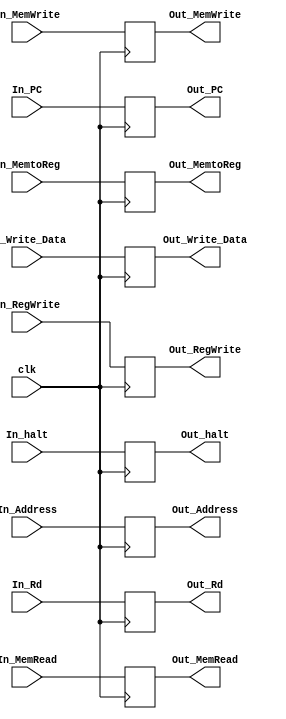
module EX_MEM_Register (
// input signals
	
	clk,In_Address,In_Write_Data, In_Rd,
	 
	// output signals
	Out_Address,Out_Write_Data, Out_Rd,
	// control unit input signals
	
	// MEM signals
	In_MemWrite,In_MemRead,
	
	// WB signals
	In_RegWrite, In_MemtoReg,
	
	// control unit output signals
	
	// MEM signals
	Out_MemWrite,Out_MemRead,
	
	// WB signals
	Out_RegWrite, Out_MemtoReg,
	In_PC,Out_PC,
	
	// halt signal
	In_halt,Out_halt
); 


input clk ;

input [31:0] In_Address,In_Write_Data,In_PC ; // this refer to ALU reselt as an address and Read data 2 from register file as an write data to store in memory

input [4:0] In_Rd; // the values come from the instruction in ID stage

input In_MemWrite,In_MemRead,In_RegWrite;

input [1:0] In_MemtoReg;

input In_halt;

output reg [31:0]  Out_Address,Out_Write_Data,Out_PC ;

output reg [4:0]   Out_Rd; 

output reg Out_MemWrite,Out_MemRead,Out_RegWrite;
							 

output reg [1:0] Out_MemtoReg;

output reg Out_halt;

						 
						 
always @(posedge clk)
	begin
		
			
			Out_Address <= In_Address;
			Out_Write_Data <= In_Write_Data;
					
			Out_Rd <=In_Rd;
			
			Out_MemWrite <= In_MemWrite;
			Out_MemRead <= In_MemRead;
			Out_RegWrite <= In_RegWrite;
			
			Out_MemtoReg<=In_MemtoReg;
			
			Out_PC<=In_PC;
			
			Out_halt<=In_halt;
			
	
	end


						 
							 
endmodule